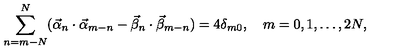
\sum _ { n = m - N } ^ { N } ( \vec { \alpha } _ { n } \cdot \vec { \alpha } _ { m - n } - \vec { \beta } _ { n } \cdot \vec { \beta } _ { m - n } ) = 4 \delta _ { m 0 } , \quad m = 0 , 1 , \dots , 2 N ,